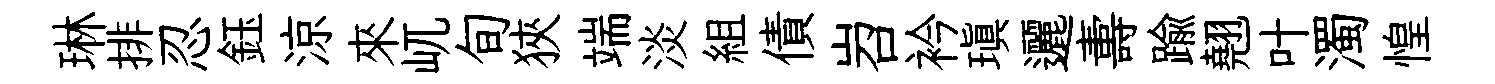
琳排忍鈺涼來屼旬狹端淡組債岧衿瑱邐夀踰翹叶濁惶